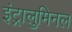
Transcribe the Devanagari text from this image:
इंट्रालुमिनल